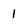
Character: 1